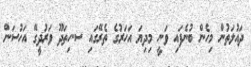
ދައުލަތުން މިހެން ބުނެފައި ވަނީ މިދިޔަ އަހަރުގެ ތެރޭގައި ސ.ހިތަދޫ ވަރުދީގޭ އަހުސަން